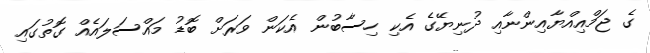
ގެ ޖަމްއިއްޔާއިންނާއި ދުނިޔޭގެ އެކި ހިސާބުން އެކަން ވަރަށް ބޮޑު މައްސަލައެއް ގޮތުގައި